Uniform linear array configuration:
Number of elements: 12
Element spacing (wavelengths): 0.75
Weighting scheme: hamming
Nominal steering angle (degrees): -45
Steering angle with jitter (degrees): -44.179
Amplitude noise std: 0.05
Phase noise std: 0.05

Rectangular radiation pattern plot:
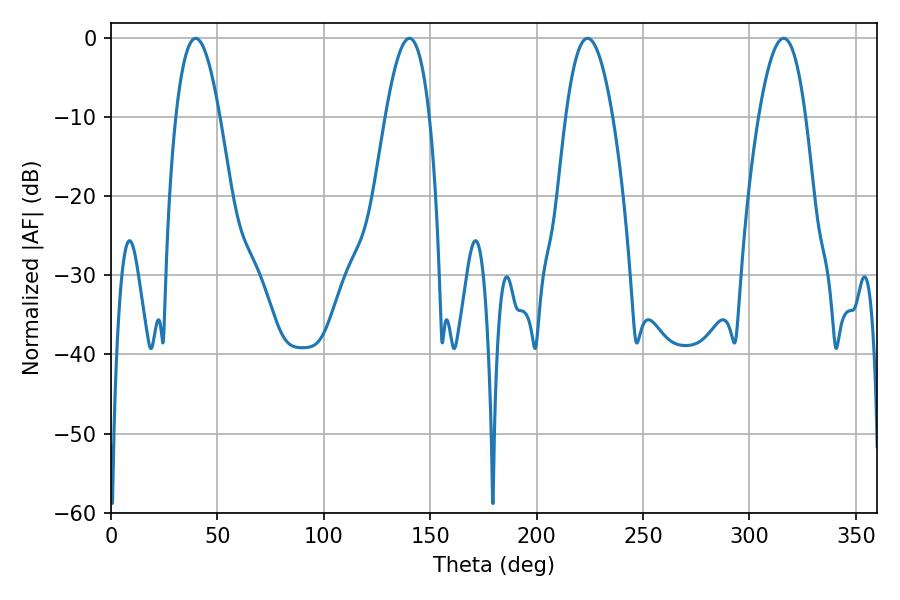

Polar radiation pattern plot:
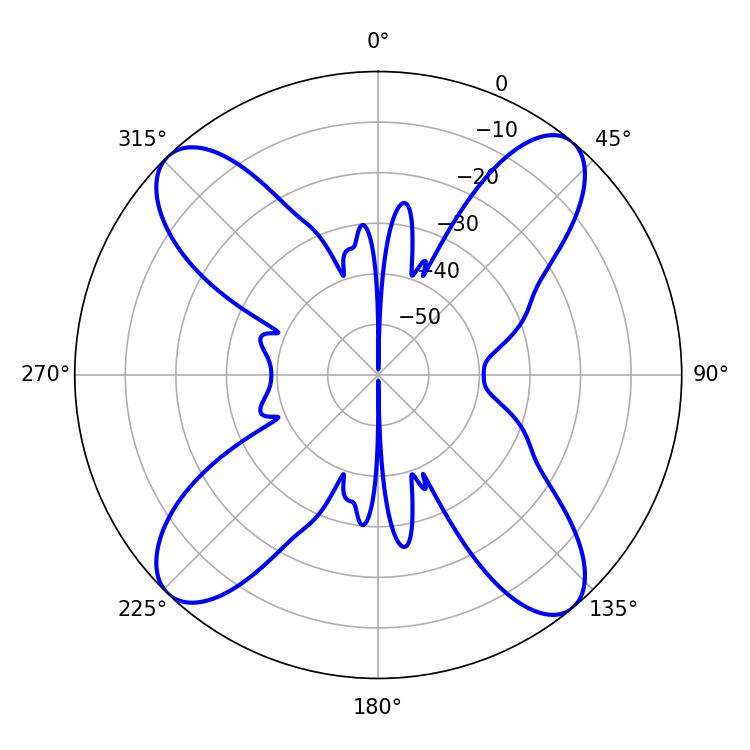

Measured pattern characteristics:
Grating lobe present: TRUE
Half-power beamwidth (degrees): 12.06
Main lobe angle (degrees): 223.92